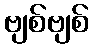
ဗျစ်ဗျစ်